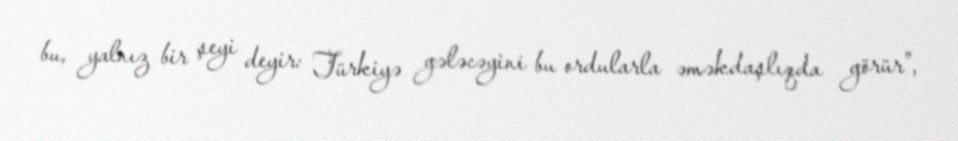
bu, yalnız bir şeyi deyir: Türkiyə gələcəyini bu ordularla əməkdaşlıqda görür”,